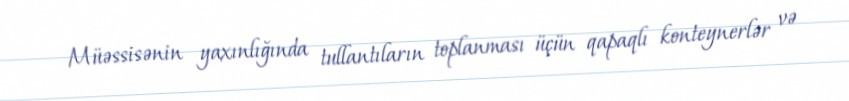
Müəssisənin yaxınlığında tullantıların toplanması üçün qapaqlı konteynerlər və